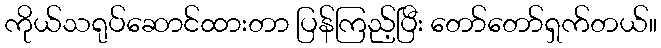
ကိုယ်သရုပ်ဆောင်ထားတာ ပြန်ကြည့်ပြီး တော်တော်ရှက်တယ်။